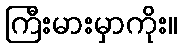
ကြီးမားမှာကိုး။